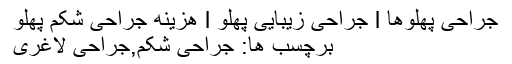
جراحی پهلوها l جراحی زیبایی پهلو l هزینه جراحی شکم پهلو
برچسب ها: جراحی شکم,جراحی لاغری